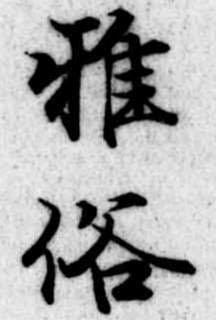
雅俗